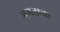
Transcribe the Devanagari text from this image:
भगताचा